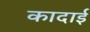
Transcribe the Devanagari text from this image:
कादाई